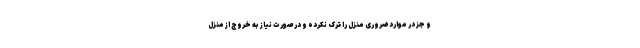
و جز در موارد ضروری منزل را ترک نکرده و در صورت نیاز به خروج از منزل